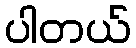
ပါတယ်